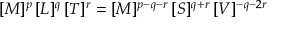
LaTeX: [ M ] ^ { p } \, [ L ] ^ { q } \, [ T ] ^ { r } = [ M ] ^ { p - q - r } \, [ S ] ^ { q + r } \, [ V ] ^ { - q - 2 r }